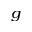
^ g